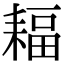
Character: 𦔆